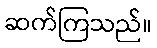
ဆက်ကြသည်။